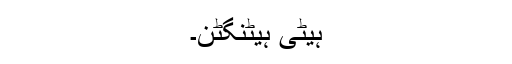
ہیٹی ہیٹنگٹن۔